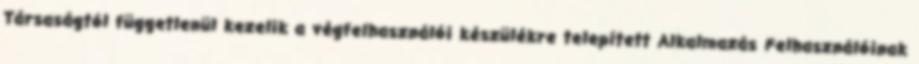
Társaságtól függetlenül kezelik a végfelhasználói készülékre telepített Alkalmazás Felhasználóinak